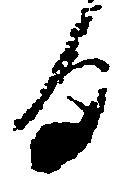
る